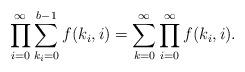
LaTeX: \begin{align*}\prod_{i=0}^{\infty} \sum_{k_i=0}^{b-1} f(k_i,i) = \sum_{k=0}^{\infty} \prod_{i=0}^{\infty} f(k_i,i).\end{align*}